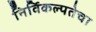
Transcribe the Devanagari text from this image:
निर्विकल्पतेचा